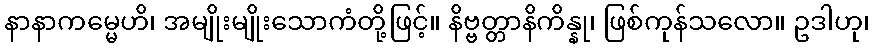
နာနာကမ္မေဟိ၊ အမျိုးမျိုးသောကံတို့ဖြင့်။ နိဗ္ဗတ္တာနိကိန္နု၊ ဖြစ်ကုန်သလော။ ဥဒါဟု၊